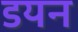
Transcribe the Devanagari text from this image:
डयन